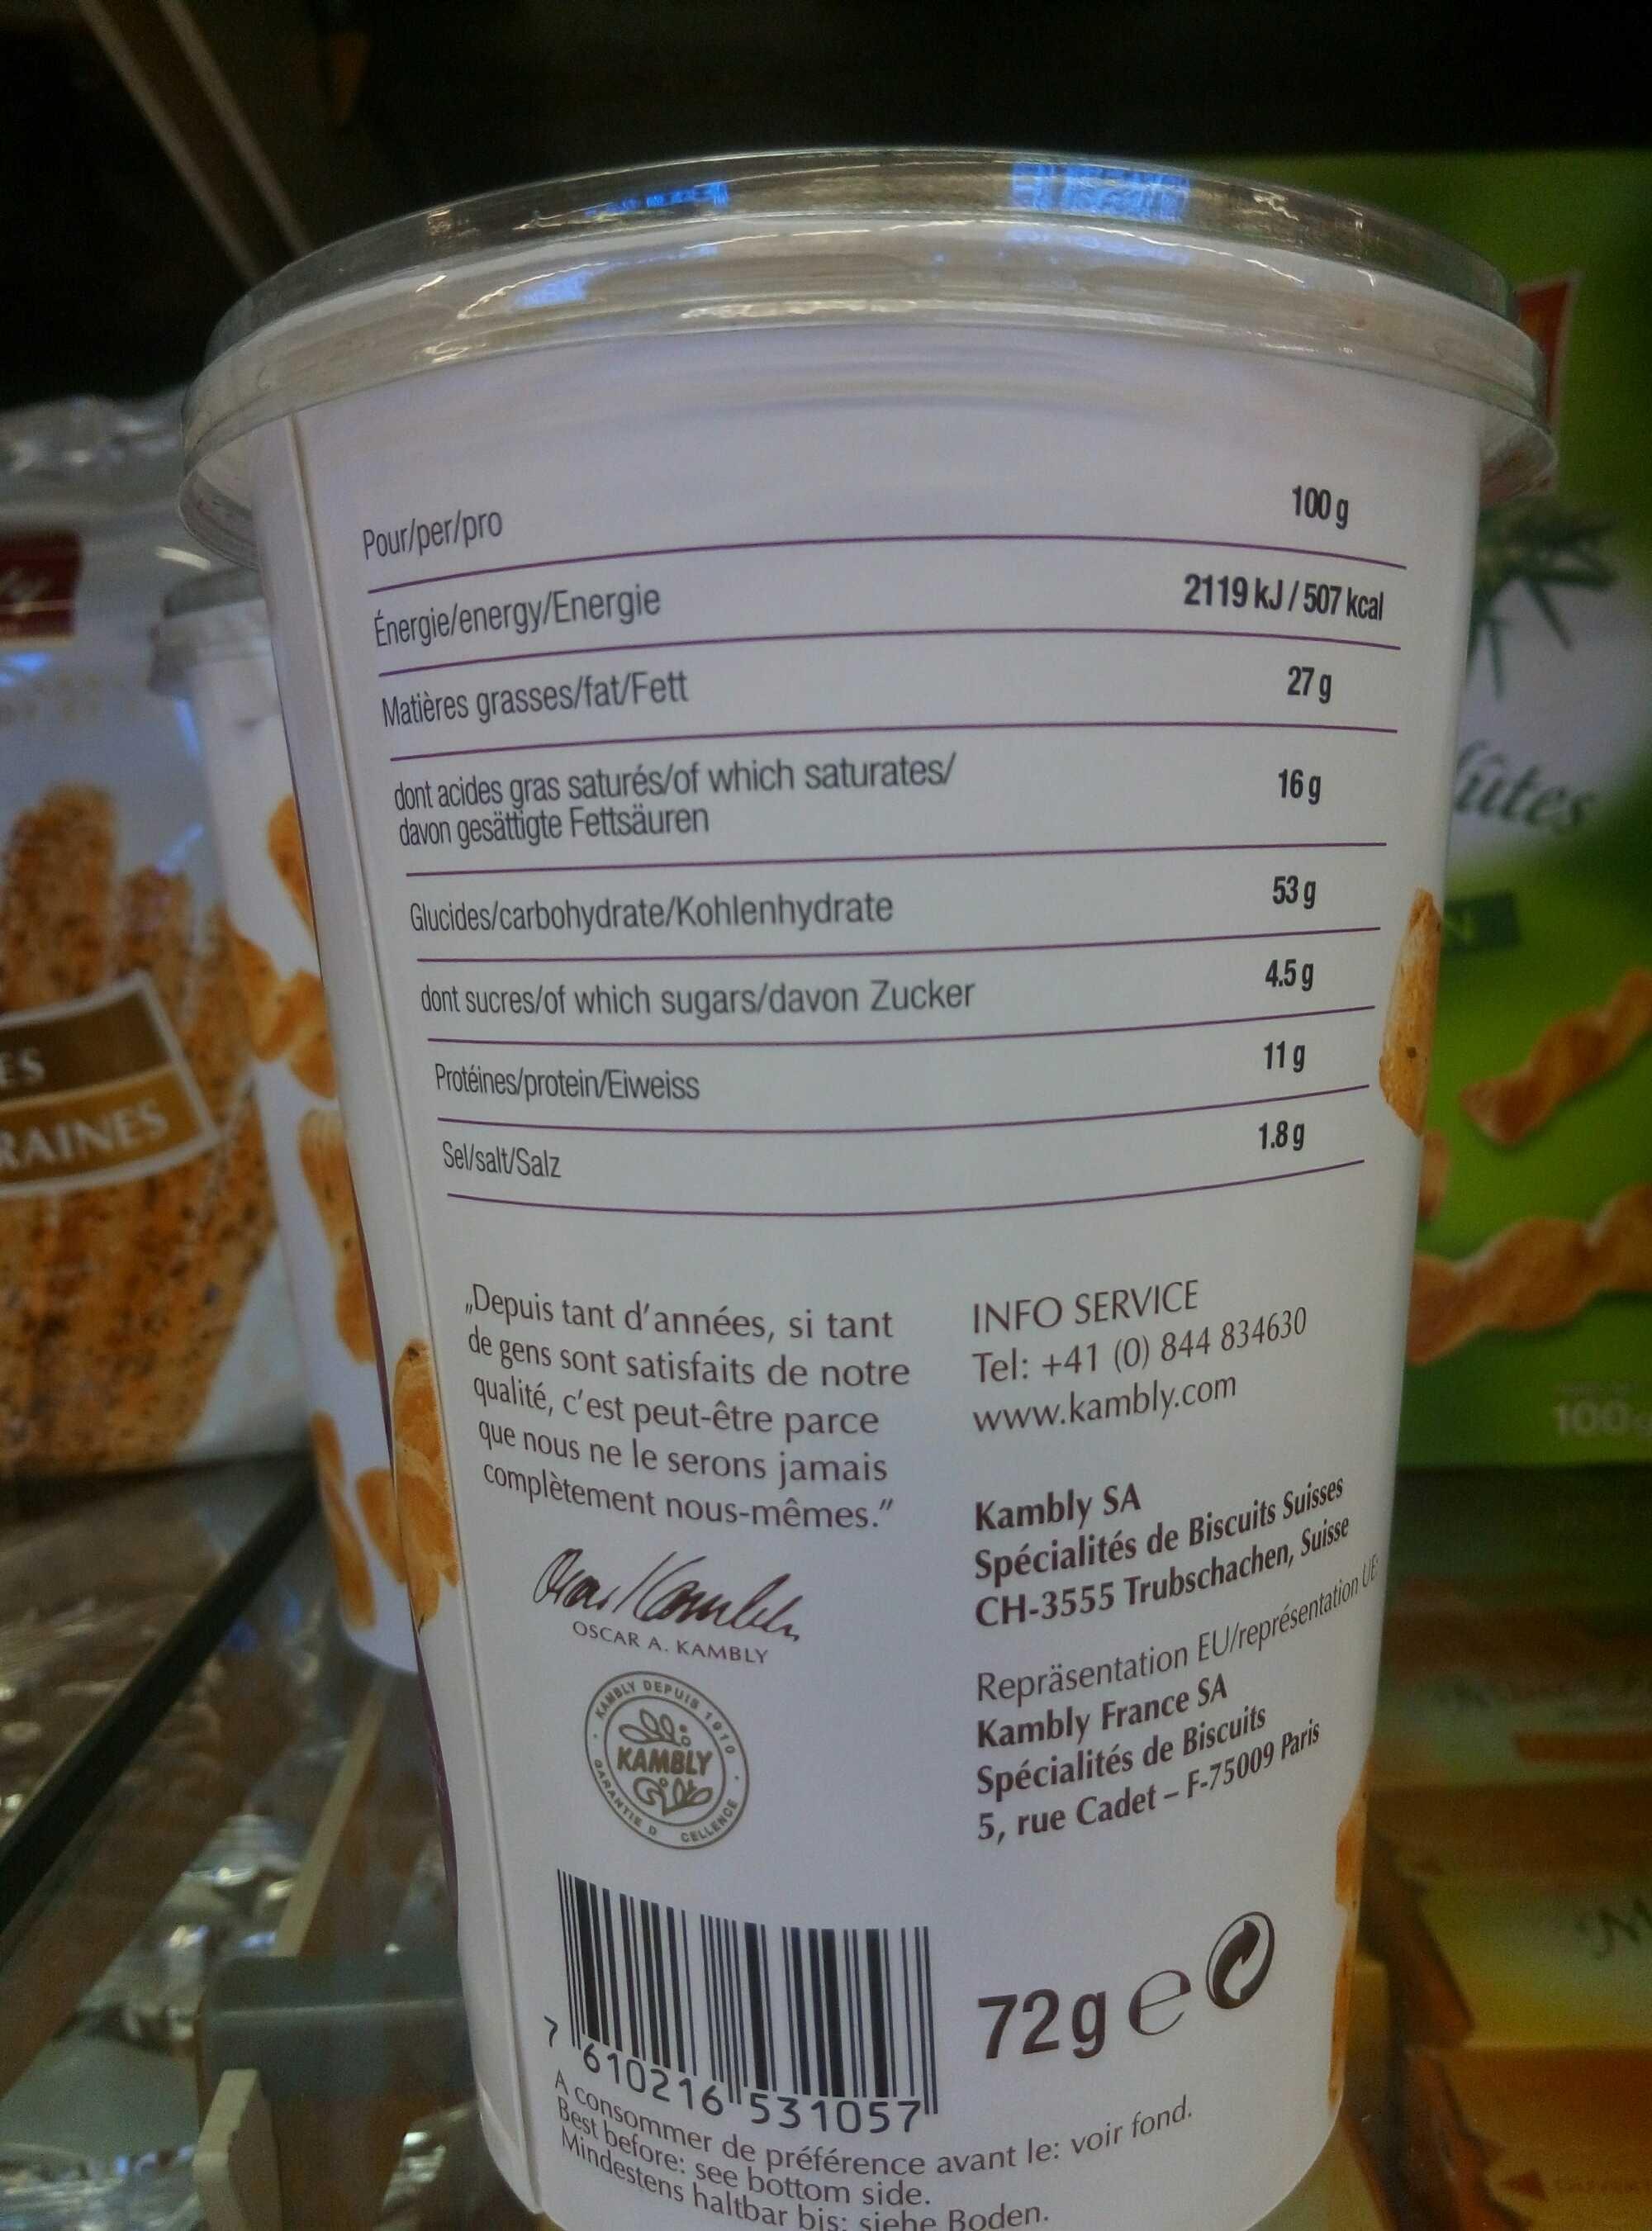
y
ES
RAINES
Pour/per/pro
Énergie/energy/Energie
Matières grasses/fat/Fett
dont acides gras saturés/of which saturates/ davon gesättigte Fettsäuren
Glucides/carbohydrate/Kohlenhydrate
dont sucres/of which sugars/davon Zucker
Protéines/protein/Eiweiss
Sel/salt/Salz
Depuis tant d'années, si tant de gens sont satisfaits de notre qualité, c'est peut-être parce que nous ne le serons jamais complètement nous-mêmes." Man / Combel
OSCAR A. KAMBLY
KAMBLY
PUIS 1910
KAMBLY GiN
CELLENCE
100 g
2119 kJ/507 kcal 27 g
16 g
53 g
4.5 g
11g
1.8g
INFO SERVICE Tel: +41 (0) 844 834630 www.kambly.com
Kambly SA
Spécialités de Biscuits Suisses
CH-3555 Trubschachen, Suisse
7 610216 531057"
72ge
A consommer de préférence avant le: voir fond. Best before: see bottom side. Mindestens haltbar bis: siehe Boden.
Repräsentation EU/représentation
Kambly France SA Spécialités de Biscuits 5, rue Cadet-F-75009 Paris
utes
100
M
BRE